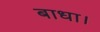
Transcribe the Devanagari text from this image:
बाधा।